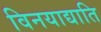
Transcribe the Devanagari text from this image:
विनयाद्याति